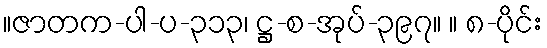
။ဇာတက-ပါ-ပ-၃၁၃၊ ဋ္ဌ-စ-အုပ်-၃၉၇။ ။ ၈-ပိုင်း